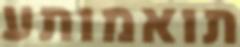
תואמותע